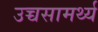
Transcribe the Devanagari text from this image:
उच्चसामर्थ्य